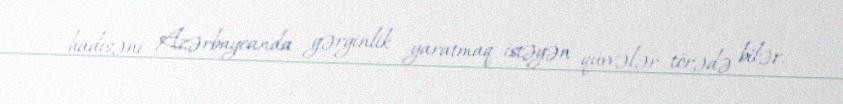
hadisəni Azərbaycanda gərginlik yaratmaq istəyən qüvvələr törədə bilər.